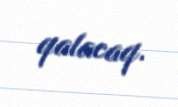
qalacaq.